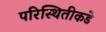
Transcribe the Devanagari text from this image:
परिस्थितीकडे